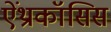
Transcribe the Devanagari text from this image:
ऐंथ्राकॉसिस